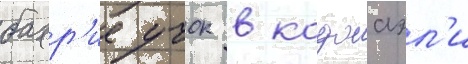
бахр'ие учок в коджаэл'и